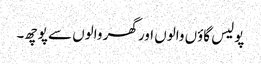
پولیس گاؤں والوں اور گھر والوں سے پوچھ۔